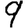
Digit: 9